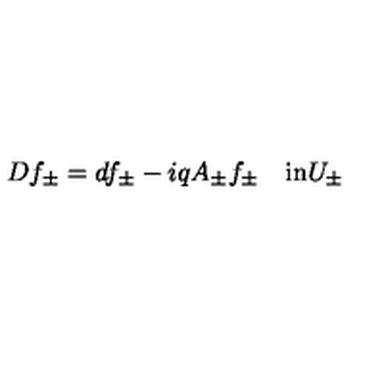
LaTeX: D f _ { \pm } = d f _ { \pm } - i q A _ { \pm } f _ { \pm } \quad \mathrm { i n } U _ { \pm }